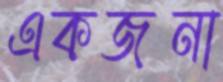
একজনা